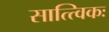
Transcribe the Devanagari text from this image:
सात्त्विकः